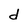
Character: d